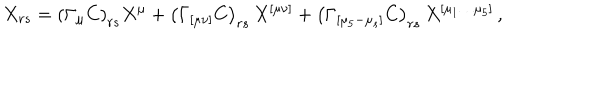
X _ { r s } = \left( \Gamma _ { \mu } C \right) _ { r s } X ^ { \mu } + \left( \Gamma _ { [ \mu \nu ] } C \right) _ { r s } \, X ^ { [ \mu \nu ] } + \left( \Gamma _ { [ \mu _ { 5 } - \mu _ { s } ] } C \right) _ { r s } \, X ^ { [ \mu _ { 1 } \ldots \mu _ { 5 } ] } \, ,